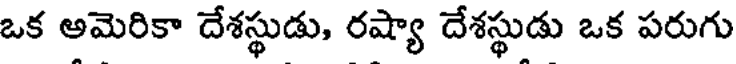
ఒక అమెరికా దేశస్థుడు, రష్యా దేశస్థుడు ఒక పరుగు